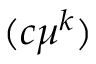
( c \mu ^ { k } )